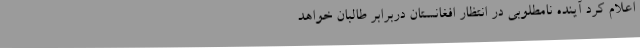
اعلام کرد آینده نامطلوبی در انتظار افغانستان دربرابر طالبان خواهد